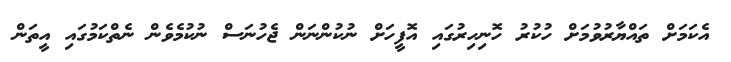
އެކަމަށް ތައްޔާރުވުމަށް ހުކުރު ހޮނިހިރުގައި އޮފީހަށް ނުކުންނަން ޖެހުނަސް ނުކުމެވެން ނެތްކަމުގައި އީތަން